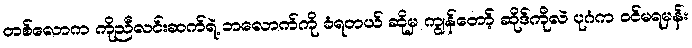
တစ်လောက ကိုညီလင်းဆက်ရဲ့ ဘလောက်ကို ခံရတယ် ဆိုမှ ကျွန်တော့် ဆိုဒ်ကိုလဲ ပုဂံက ဝင်မရမှန်း